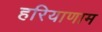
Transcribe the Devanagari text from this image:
हरियाणाम